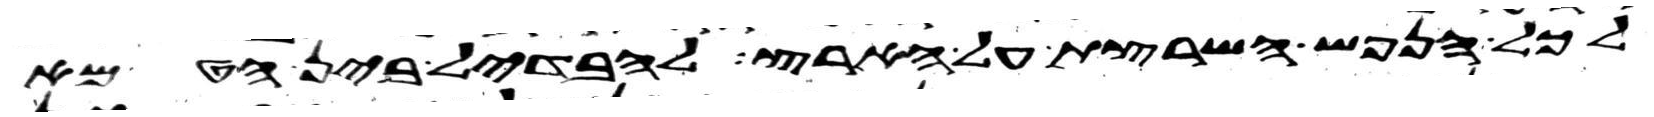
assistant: לכל הנפש השרצת על הארץ להבדיל בין הטמא